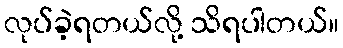
လုပ်ခဲ့ရတယ်လို့ သိရပါတယ်။